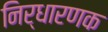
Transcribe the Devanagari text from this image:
निर्धारणक